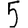
Digit: 5